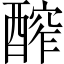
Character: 醡